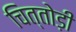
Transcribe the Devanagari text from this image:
चित्तोड़ी